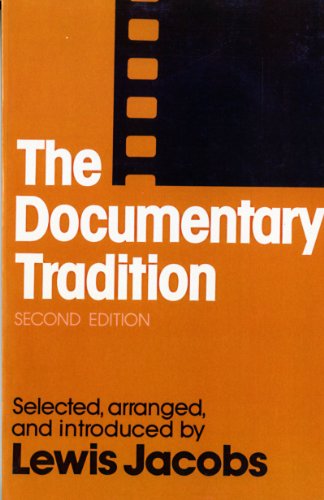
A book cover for The Documentary Tradition (Second Edition); Lewis Jacobs; Humor & Entertainment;